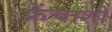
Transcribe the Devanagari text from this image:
फ्रेंचाशी